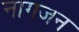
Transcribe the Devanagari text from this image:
नागजन